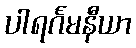
ပါရင်္ဂမနီယာ